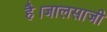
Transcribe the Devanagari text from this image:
है।जालसाजी